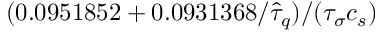
( 0 . 0 9 5 1 8 5 2 + 0 . 0 9 3 1 3 6 8 / \hat { \tau } _ { q } ) / ( { \tau } _ { \sigma } c _ { s } )